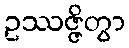
ဥဿဇ္ဇိတွာ